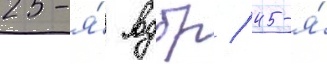
25-я́ вдбр / 45-я́